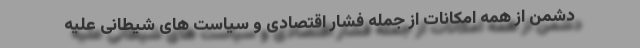
دشمن از همه امکانات از جمله فشار اقتصادی و سیاست های شیطانی علیه